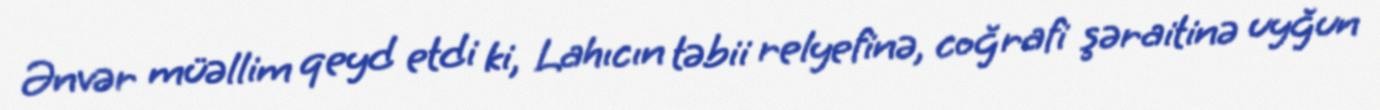
Ənvər müəllim qeyd etdi ki, Lahıcın təbii relyefinə, coğrafi şəraitinə uyğun